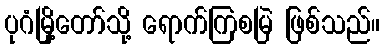
ပုဂံမြို့တော်သို့ ရောက်ကြစမြဲ ဖြစ်သည်။